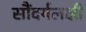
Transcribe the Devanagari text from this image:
सौंदर्यलक्षी